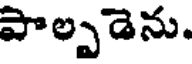
పాల్పడెను.